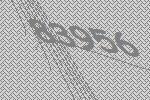
83956